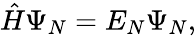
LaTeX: \begin{array}{r}{\hat{H}\Psi_{N}=E_{N}\Psi_{N},}\end{array}